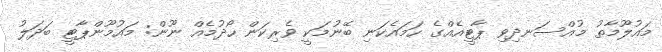
މައުލޫމާތު މުއްސަނދިވި ޕާޓީއެއްގެ ހަމައެކަނި ބޭނުމަކީ ވެރިކަން ހޯދުމެއް ނޫން: މައުމޫންޕާޓީ ބަދަލު